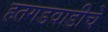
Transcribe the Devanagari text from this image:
हतगडवाडीचे